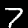
Label: 7